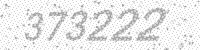
Solution: 373222